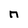
Character: n